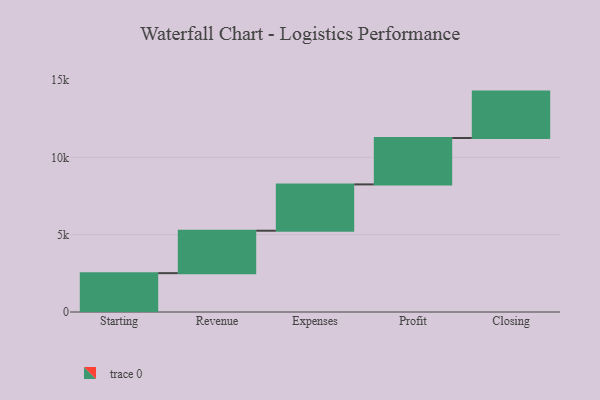
{"axis": {"x": "Step", "y": "Value"}, "legend": [""], "data": [{"x": "Starting", "y": 2512.0, "type": ""}, {"x": "Revenue", "y": 2743.0, "type": ""}, {"x": "Expenses", "y": 2995.0, "type": ""}, {"x": "Profit", "y": 3000, "type": ""}, {"x": "Closing", "y": 3000, "type": ""}]}